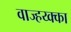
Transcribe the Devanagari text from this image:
वाज्हय्क्का